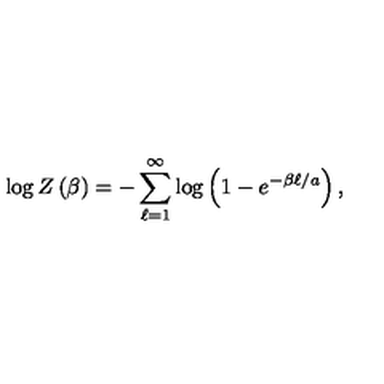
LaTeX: \log Z \left( \beta \right) = - \sum _ { \ell = 1 } ^ { \infty } \log \left( 1 - e ^ { - \beta \ell / a } \right) ,